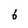
Character: 6